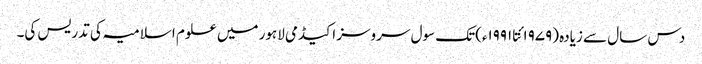
دس سال سے زیادہ (۱۹۷۹ئتا ۱۹۹۱ء)تک سول سروسز اکیڈمی لاہور میں علوم اسلامیہ کی تدریس کی۔